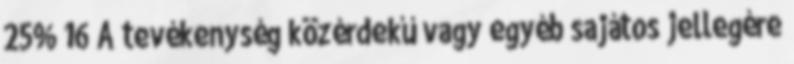
25% 16 A tevékenység közérdekű vagy egyéb sajátos jellegére